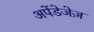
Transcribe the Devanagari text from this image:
अपेंडेजेज़